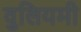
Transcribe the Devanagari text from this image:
वुलियमी